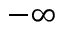
- \infty